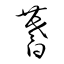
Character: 蓍